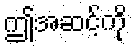
ဤအဆင့်ကို